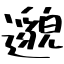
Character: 邈